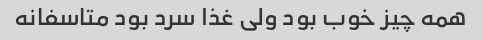
همه چیز خوب بود ولی غذا سرد بود متاسفانه